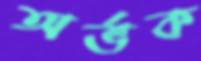
অর্ভক